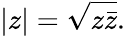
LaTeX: \left|z\right|={\sqrt{z{\bar{z}}}}.